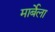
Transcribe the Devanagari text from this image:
मार्बेला